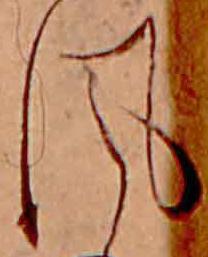
風